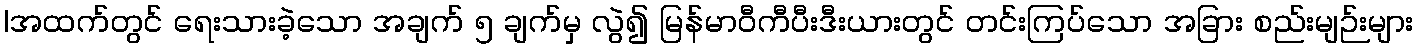
|အထက်တွင် ရေးသားခဲ့သော အချက် ၅ ချက်မှ လွဲ၍ မြန်မာဝီကီပီးဒီးယားတွင် တင်းကြပ်သော အခြား စည်းမျဉ်းများ